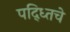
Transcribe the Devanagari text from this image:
पद्ध्तिचे